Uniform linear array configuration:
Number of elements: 48
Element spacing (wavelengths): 0.25
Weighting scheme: hann
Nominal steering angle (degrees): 45
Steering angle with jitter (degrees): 45.692
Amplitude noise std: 0.05
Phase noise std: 0.05

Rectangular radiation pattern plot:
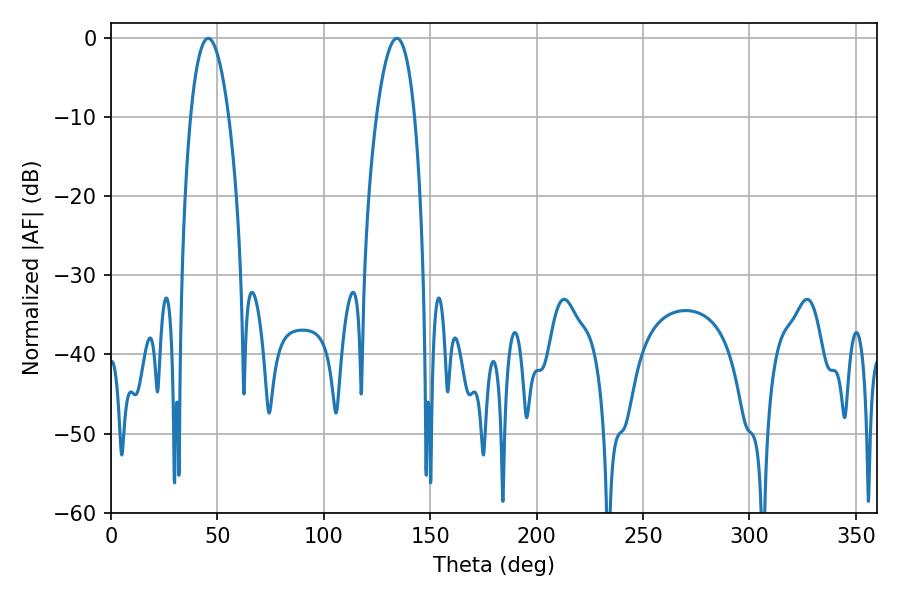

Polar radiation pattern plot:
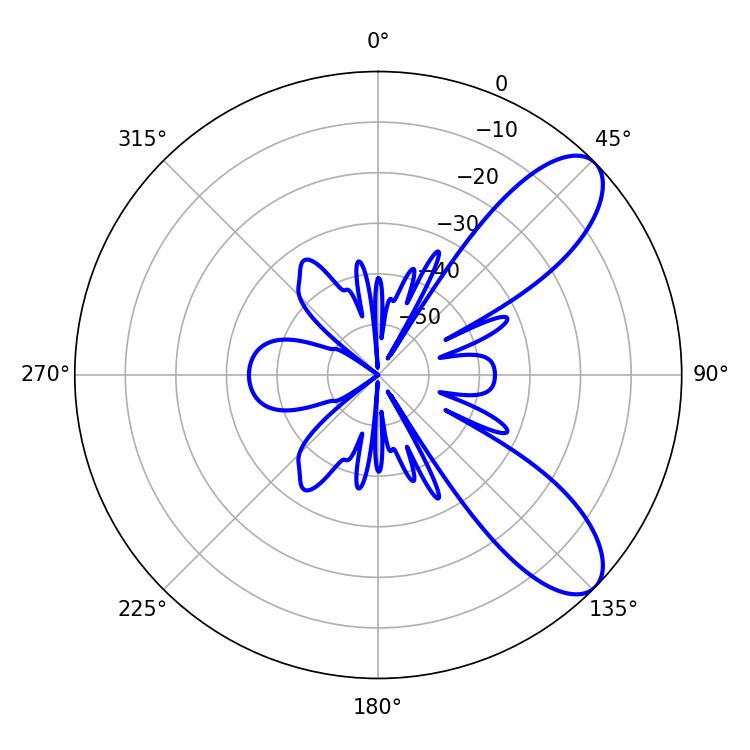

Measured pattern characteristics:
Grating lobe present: FALSE
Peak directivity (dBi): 8.75
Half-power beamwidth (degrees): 10.08
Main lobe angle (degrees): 45.72